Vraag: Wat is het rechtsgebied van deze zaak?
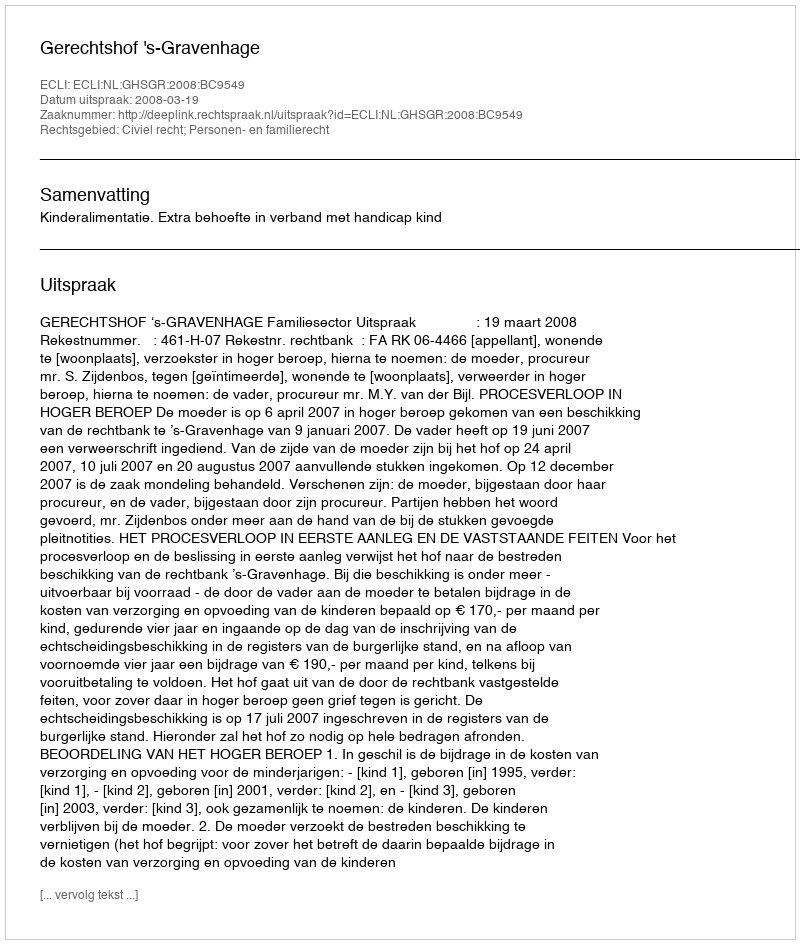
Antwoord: Civiel recht; Personen- en familierecht